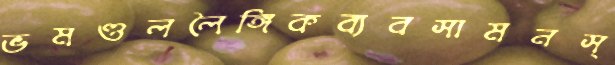
ভমণ্ডললৈঙ্গিকব্যবসামনস্